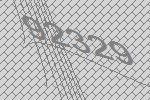
92329